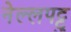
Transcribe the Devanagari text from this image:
नेल्‍लपट्टु